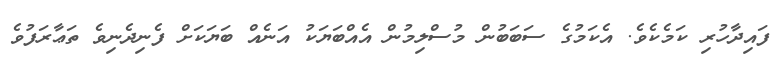
ފައިދާހުރި ކަމެކެވެ. އެކަމުގެ ސަބަބުން މުސްލިމުން އެއްބަޔަކު އަނެއް ބަޔަކަށް ފެނިދެނިވެ ތަޢާރަފުވެ